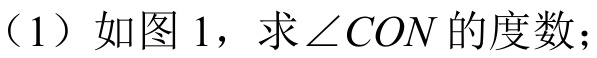
（1）如图 1，求$\angle CON$的度数；